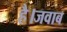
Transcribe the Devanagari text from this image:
है।जवाब